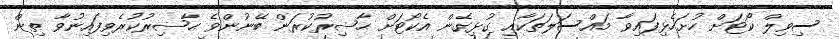
ސިވިލް ކޯޓަށް ހުށަހެޅިފައިވާ މައްސަލަތަކާއި ގުޅިގެން އެކޯޓަށް ޙާޟިރުކުރަން ބޭނުންވެ ޙާޟިރުކުރެވިފައިނުވާ ތިން